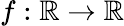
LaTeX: f:\mathbb{R}\to\mathbb{R}